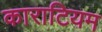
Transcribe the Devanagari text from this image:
काराटियम